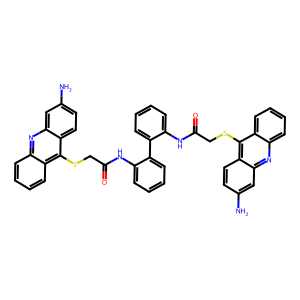
SMILES: Nc1ccc2c(SCC(=O)Nc3ccccc3-c3ccccc3NC(=O)CSc3c4ccccc4nc4cc(N)ccc34)c3ccccc3nc2c1
Inhibits HIV replication: No